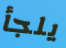
يلجأ